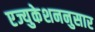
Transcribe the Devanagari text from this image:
एज्युकेशननुसार